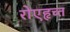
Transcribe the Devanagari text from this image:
रोएहृच्त